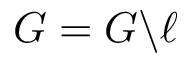
G = G \backslash \ell